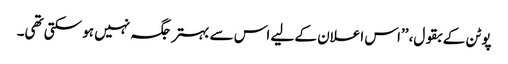
پوٹن کے بقول، ’’اس اعلان کے لیے اس سے بہتر جگہ نہیں ہو سکتی تھی۔